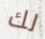
لك